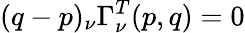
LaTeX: (q-p)_{\nu}\Gamma_{\nu}^{T}(p,q)=0